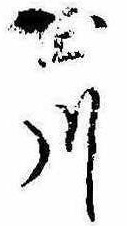
玉川